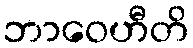
ဘာဝေဟီတိ